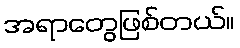
အရာတွေဖြစ်တယ်။